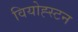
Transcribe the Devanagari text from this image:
वियोह्स्टन